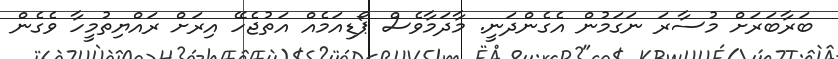
ބަރާބަރަށް މުސާރަ ނަގަމުން އެގެންދަނީ. މާދަމާވެސް ޕޯޑިއަމެއް އަތުޖެހޭ އިރަށް ރައްޔިތުމީހާ ވެގެން